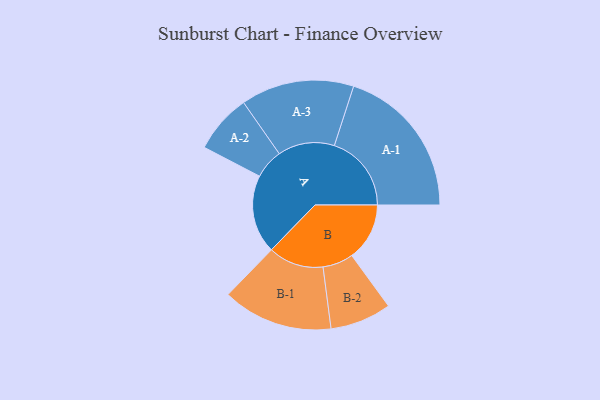
{"axis": {"x": "Segment", "y": "Value"}, "legend": ["", "A", "B"], "data": [{"x": "A", "y": 284, "type": ""}, {"x": "B", "y": 209, "type": ""}, {"x": "A-1", "y": 279, "type": "A"}, {"x": "A-2", "y": 107, "type": "A"}, {"x": "A-3", "y": 205, "type": "A"}, {"x": "B-1", "y": 200, "type": "B"}, {"x": "B-2", "y": 111, "type": "B"}]}